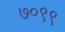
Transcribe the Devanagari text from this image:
७०९९